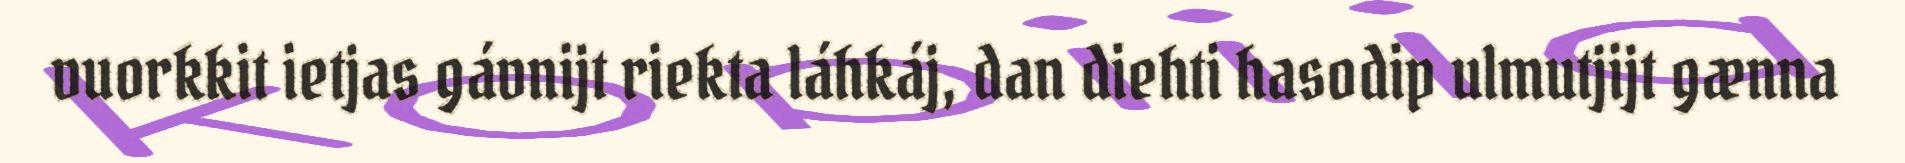
vuorkkit ietjas gávnijt riekta láhkáj, dan diehti hasodip ulmutjijt gænna